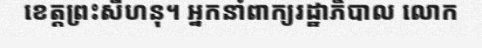
ខេត្តព្រះសីហនុ។ អ្នកនាំពាក្យរដ្ឋាភិបាល លោក